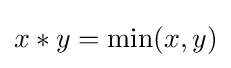
x*y=\min(x,y)